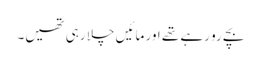
بچے رو رہے تھے اور مائیں چلا رہی تھیں۔